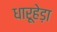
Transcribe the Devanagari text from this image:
धारूहेड़ा